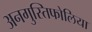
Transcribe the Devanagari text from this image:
अनगुस्तिफोलिया